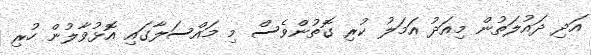
އަދި ދައުލަތުން މިއަދު އަމަލު ކުރި ގޮތުންވެސް މި މައްސަލާގައި އޮޅުވާލުން ހުރި